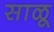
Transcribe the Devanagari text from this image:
साळू